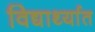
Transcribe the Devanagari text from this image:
विद्यार्थ्यात